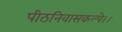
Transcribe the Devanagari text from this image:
पीठनिवासकल्पे।।